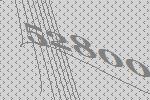
52800